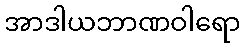
အာဒါယဘာဏဝါရော